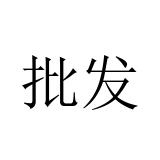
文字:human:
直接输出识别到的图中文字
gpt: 批发